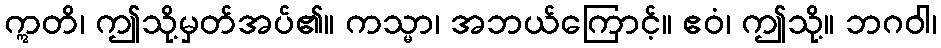
ဣတိ၊ ဤသို့မှတ်အပ်၏။ ကသ္မာ၊ အဘယ်ကြောင့်။ ဧဝံ၊ ဤသို့။ ဘဂဝါ၊